Bombay plague: being a history of the progress of plague in the Bombay presidency from September 1896 to June 1899
Year: 1896
Disease focus: Plague
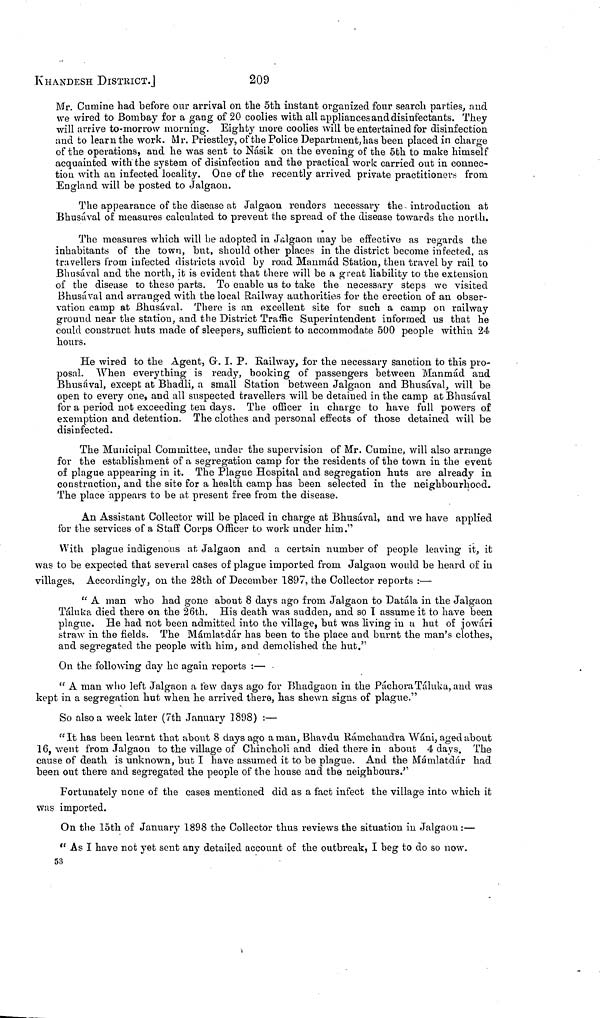
KHANDESH
DISTRICT.]
209
Mr. Cumine had before our arrival on the 5th instant organized four search parties, and
we wired to Bombay for a gang of 20 coolies with all appliances and disinfectants. They
will arrive to-morrow morning. Eighty inore coolies will be entertained for disinfection
and to learn the work. Mr. Priestley, of the Police Department, has been placed in charge
of the operations, and he was sent to Násik on the evening of the 5th to make himself
acquainted with the system of disinfection and the practical work: carried out in connec-
tion with an infected locality. One of the recently arrived private practitioners from
England will be posted to Jalgaon.
The appearance of the disease at Jalgaon renders necessary the introduction at
Bhusával of measures calculated to prevent the spread of the disease towards the north.
The measures which will be adopted in Jalgaon may be effective as regards the
inhabitants of the town, but, should other places in the district become infected, as
travellers from infected districts avoid by road Manmád Station, then travel by rail to
Bhusával and the north, it is evident that there will be a great liability to the extension
of the disease to these parts. To enable us to take the necessary steps we visited
Bhusával and arranged with the local Railway authorities for the erection of an obser-
vation camp at Bhusával. There is an excellent site for such a camp on railway
ground near the station, and the District Traffic Superintendent informed us that he
could construct huts made of sleepers, sufficient to accommodate 500 people within 24
hours.
He wired to the Agent, G. I. P. Railway, for the necessary sanction to this pro-
posal. When everything is ready, booking of passengers between Manmád and
Bhusával, except at Bhadli, a small Station between Jalgaon and Bhusával, will be
open to every one, and all suspected travellers will be detained in the camp at Bhusával
for a period not exceeding ten days. The officer in charge to have full powers of
exemption and detention. The clothes and personal effects of those detained will be
disinfected.
The Municipal Committee, under the supervision of Mr. Cumine, will also arrange
for the establishment of a segregation camp for the residents of the town in the event
of plague appearing in it. The Plague Hospital and segregation huts are already in
construction, and the site for a health camp has been selected in the neighbourhood.
The place appears to be at present free from the disease.
An Assistant Collector will be placed in charge at Bhusával, and we have applied
for the services of a Staff Corps Officer to work under him."
With plague indigenous at Jalgaon and a certain number of people leaving it, it
was to be expected that several cases of plague imported from Jalgaon would be heard of in
villages. Accordingly, on the 28th of December 1897, the Collector reports :—
" A man who had gone about 8 days ago from Jalgaon to Datála in the Jalgaon
Táluka died there on the 26th. His death was sudden, and so I assume it to have been
plague. He had not been admitted into the village, but was living in a hut of jowári
straw in the fields. The Mámlatdár has been to the place and burnt the man's clothes,
and segregated the people with him, and demolished the hut."
On the following day he again reports :—
" A man who left Jalgaon a few days ago for Bhadgaon in the Páchora Táluka, and was
kept in a segregation hut when he arrived there, has shewn signs of plague."
So also a week later (7th January 1898) :—
"It has been learnt that about 8 days ago a man, Bhavdu Rámchandra Wáni, aged about
16, went from Jalgaon to the village of Chincholi and died there in about 4 days. The
cause of death is unknown, but I have assumed it to be plague. And the Mámlatdár had
been out there and segregated the people of the house and the neighbours."
Fortunately none of the cases mentioned did as a fact infect the village into which it
was imported.
On the 15th of January 1898 the Collector thus reviews the situation in Jalgaon :—
"As I have not yet sent any detailed account of the outbreak, I beg to do so now.
53